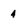
Character: 4